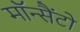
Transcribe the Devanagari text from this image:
मॉन्सैंटो